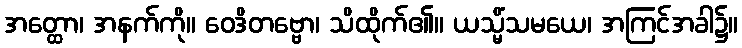
အတ္ထော၊ အနက်ကို။ ဝေဒိတဗ္ဗော၊ သိထိုက်၏။ ယသ္မိံသမယေ၊ အကြင်အခါ၌။